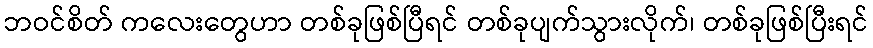
ဘဝင်စိတ် ကလေးတွေဟာ တစ်ခုဖြစ်ပြီရင် တစ်ခုပျက်သွားလိုက်၊ တစ်ခုဖြစ်ပြီးရင်